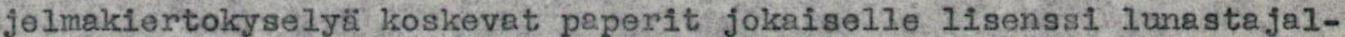
jelmakiertokyselyä koskevat paperit jokaiselle lisenssi lunastajal-